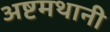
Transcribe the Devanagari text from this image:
अष्टमथानी